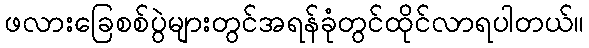
ဖလားခြေစစ်ပွဲများတွင်အရန်ခုံတွင်ထိုင်လာရပါတယ်။